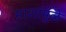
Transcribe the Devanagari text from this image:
माशांमुळे